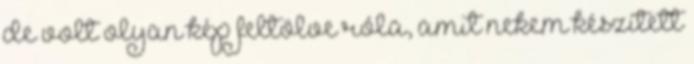
de volt olyan kép feltölve róla, amit nekem készített